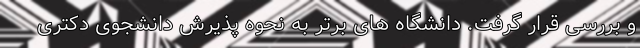
و بررسی قرار گرفت. دانشگاه ‌های برتر به نحوه پذیرش دانشجوی دکتری